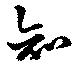
知